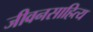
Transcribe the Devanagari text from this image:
जीवनसाहित्य